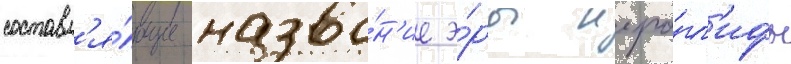
составл'я́ющие назва́н'ие э́ры иеро́гл'ифы